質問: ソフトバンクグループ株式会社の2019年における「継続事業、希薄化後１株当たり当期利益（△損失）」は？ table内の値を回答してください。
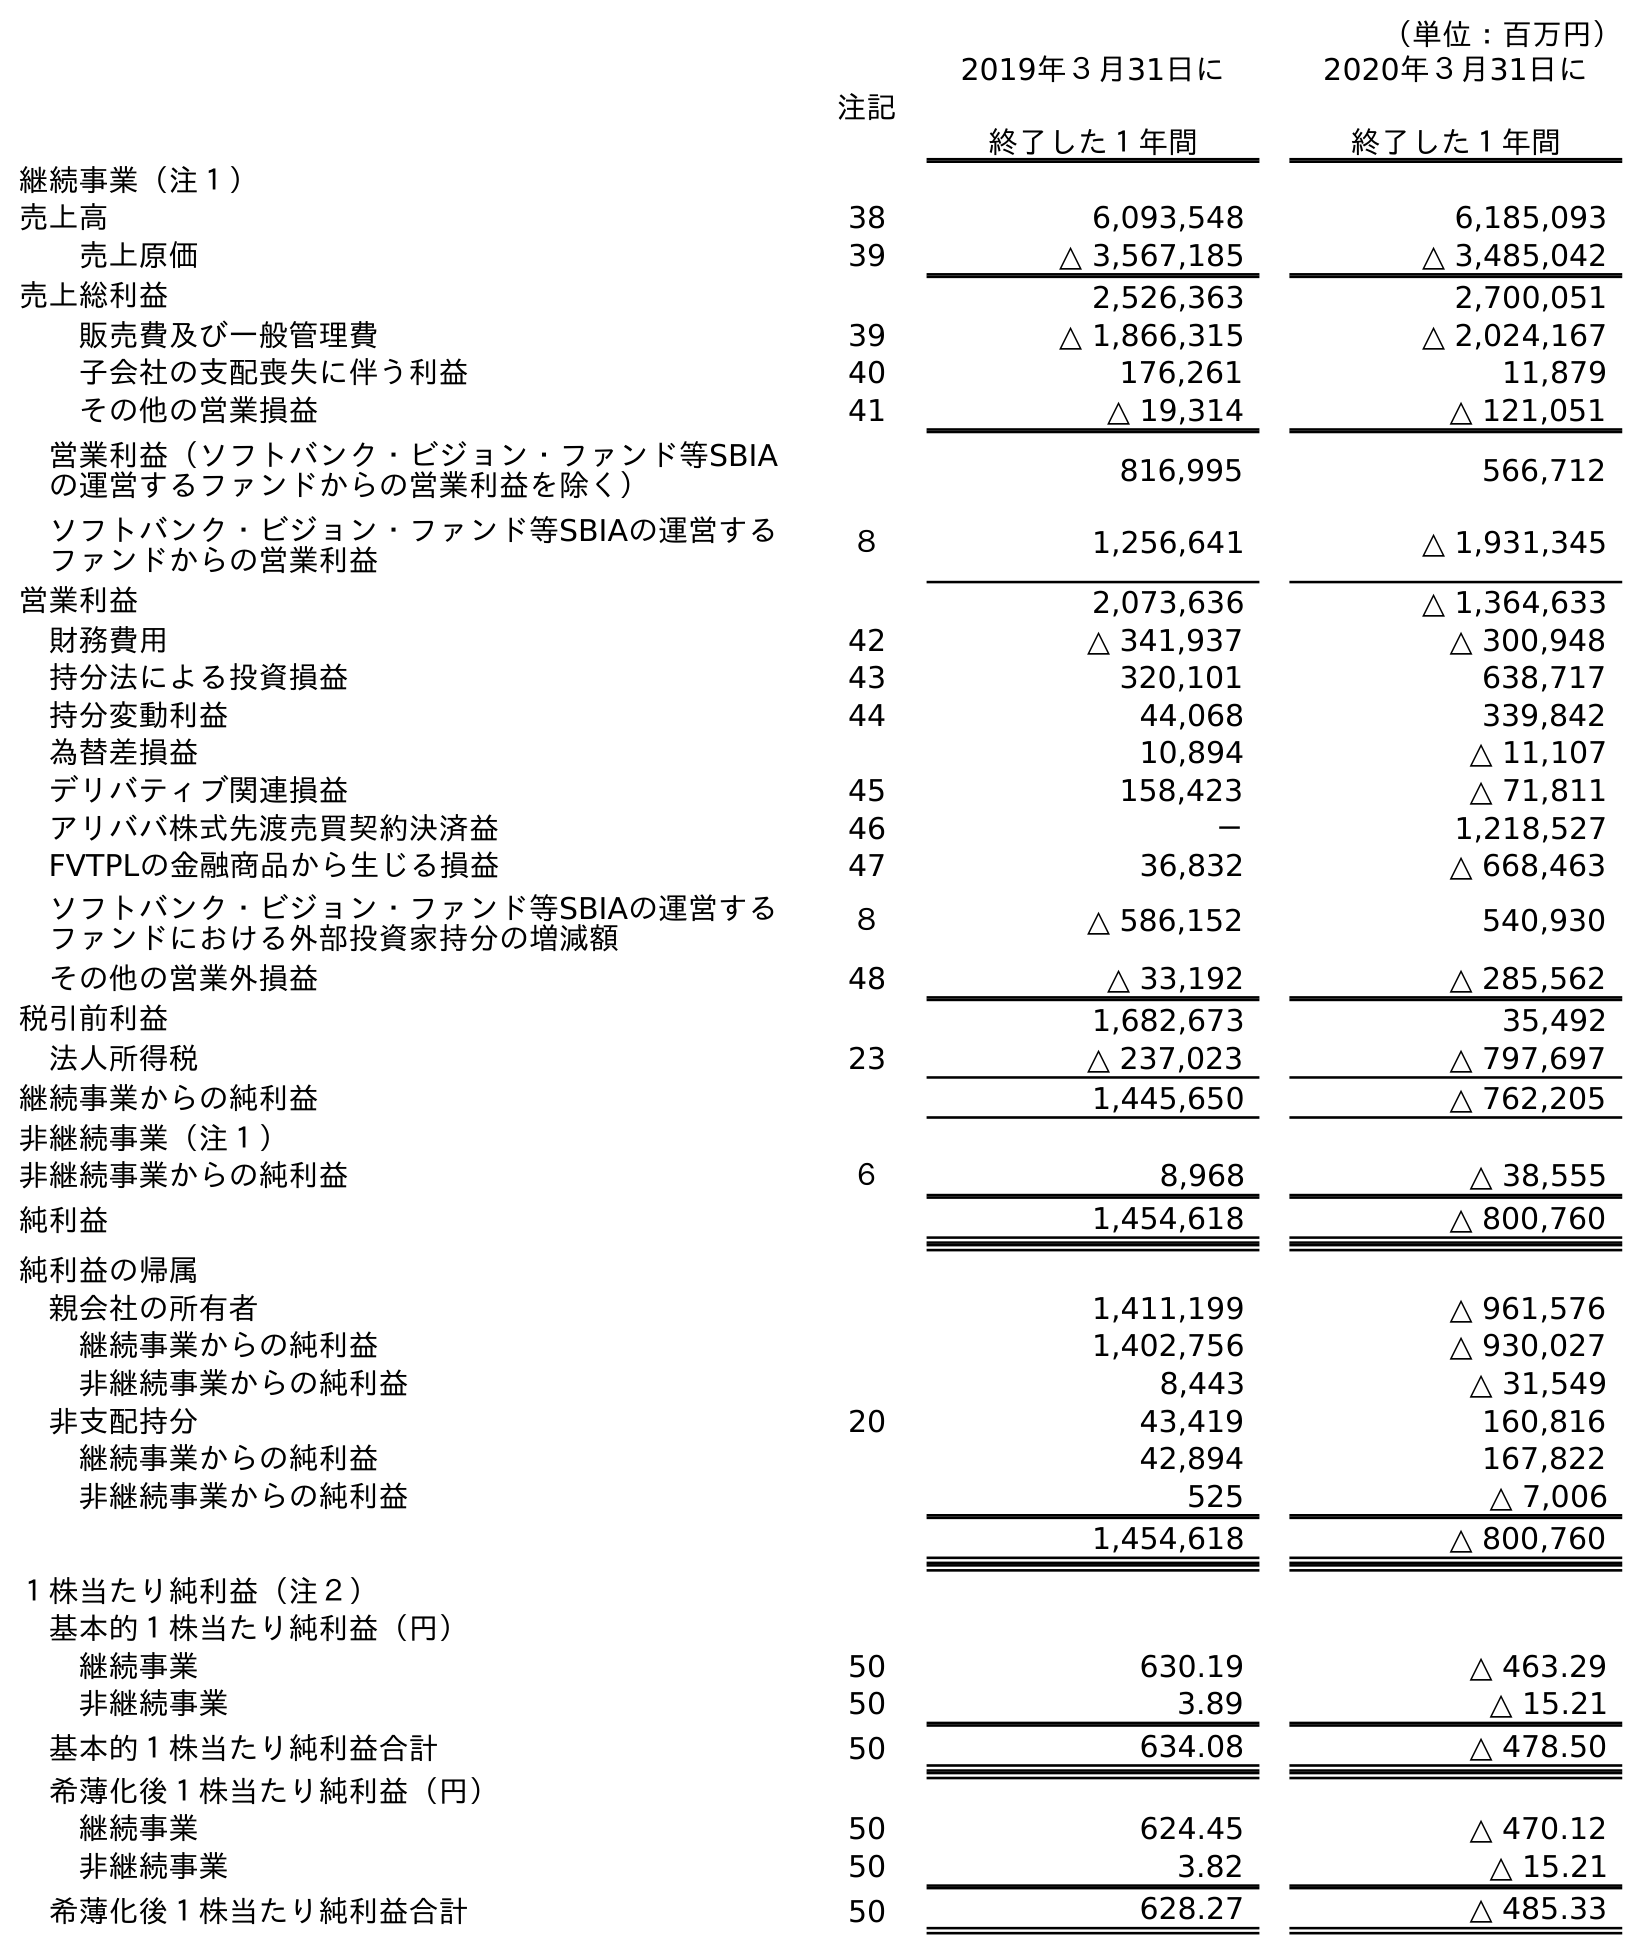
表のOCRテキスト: （単位：百万円） 注記 2019年３月31日に 終了した１年間 2020年３月31日に 終了した１年間 継続事業（注１） 売上高 38 6,093,548 6,185,093 売上原価 39 △ 3,567,185 △ 3,485,042 売上総利益 2,526,363 2,700,051 販売費及び一般管理費 39 △ 1,866,315 △ 2,024,167 子会社の支配喪失に伴う利益 40 176,261 11,879 その他の営業損益 41 △ 19,314 △ 121,051 営業利益（ソフトバンク・ビジョン・ファンド等SBIA の運営するファンドからの営業利益を除く） 816,995 566,712 ソフトバンク・ビジョン・ファンド等SBIAの運営する ファンドからの営業利益 ８ 1,256,641 △ 1,931,345 営業利益 2,073,636 △ 1,364,633 財務費用 42 △ 341,937 △ 300,948 持分法による投資損益 43 320,101 638,717 持分変動利益 44 44,068 339,842 為替差損益 10,894 △ 11,107 デリバティブ関連損益 45 158,423 △ 71,811 アリババ株式先渡売買契約決済益 46 － 1,218,527 FVTPLの金融商品から生じる損益 47 36,832 △ 668,463 ソフトバンク・ビジョン・ファンド等SBIAの運営する ファンドにおける外部投資家持分の増減額 ８ △ 586,152 540,930 その他の営業外損益 48 △ 33,192 △ 285,562 税引前利益 1,682,673 35,492 法人所得税 23 △ 237,023 △ 797,697 継続事業からの純利益 1,445,650 △ 762,205 非継続事業（注１） 非継続事業からの純利益 ６ 8,968 △ 38,555 純利益 1,454,618 △ 800,760 純利益の帰属 親会社の所有者 1,411,199 △ 961,576 継続事業からの純利益 1,402,756 △ 930,027 非継続事業からの純利益 8,443 △ 31,549 非支配持分 20 43,419 160,816 継続事業からの純利益 42,894 167,822 非継続事業からの純利益 525 △ 7,006 1,454,618 △ 800,760 １株当たり純利益（注２） 基本的１株当たり純利益（円） 継続事業 50 630.19 △ 463.29 非継続事業 50 3.89 △ 15.21 基本的１株当たり純利益合計 50 634.08 △ 478.50 希薄化後１株当たり純利益（円） 継続事業 50 624.45 △ 470.12 非継続事業 50 3.82 △ 15.21 希薄化後１株当たり純利益合計 50 628.27 △ 485.33
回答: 624.45